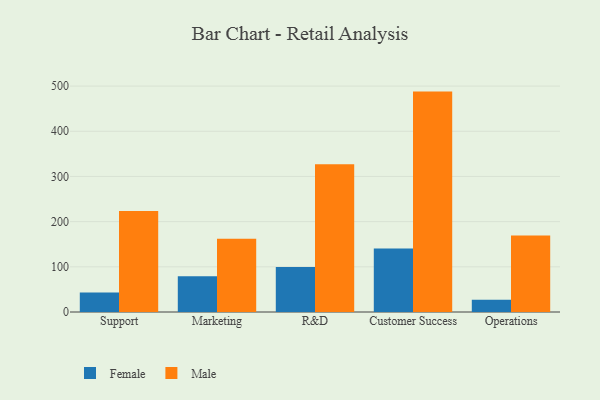
{"axis": {"x": "Department", "y": "Website Visitors"}, "legend": ["Female", "Male"], "data": [{"x": "Support", "y": 42.9, "type": "Female"}, {"x": "Support", "y": 223.8, "type": "Male"}, {"x": "Marketing", "y": 79.2, "type": "Female"}, {"x": "Marketing", "y": 162.1, "type": "Male"}, {"x": "R&D", "y": 99.7, "type": "Female"}, {"x": "R&D", "y": 326.8, "type": "Male"}, {"x": "Customer Success", "y": 140.3, "type": "Female"}, {"x": "Customer Success", "y": 487.8, "type": "Male"}, {"x": "Operations", "y": 27.0, "type": "Female"}, {"x": "Operations", "y": 169.2, "type": "Male"}]}